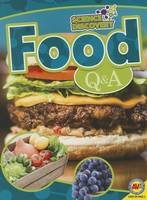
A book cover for Food Q & A (Science Discovery); Celeste A. Peters; Teen & Young Adult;